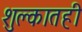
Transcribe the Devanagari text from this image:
शुल्कातही